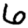
Digit: 6